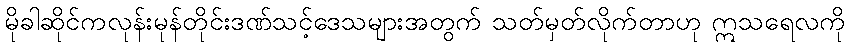
မိုခါဆိုင်ကလုန်းမုန်တိုင်းဒဏ်သင့်ဒေသများအတွက် သတ်မှတ်လိုက်တာဟု ဣသရေလကို